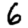
Digit: 6